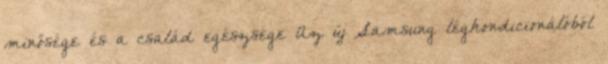
minősége és a család egészsége Az új Samsung légkondicionálóból